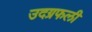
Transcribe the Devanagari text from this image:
उदग्रफली